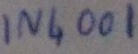
Text: IN4001